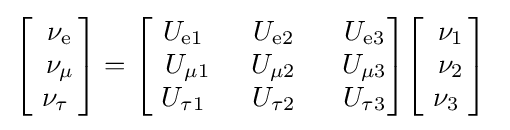
{\begin{bmatrix}~\nu _{\mathrm {e} }\\~\nu _{\mu }\\~\nu _{\tau }~\end{bmatrix}}={\begin{bmatrix}~U_{\mathrm {e} 1}~&~U_{\mathrm {e} 2}~&~U_{\mathrm {e} 3}\\~U_{\mu 1}&~U_{\mu 2}~&~U_{\mu 3}\\~U_{\tau 1}~&~U_{\tau 2}~&~U_{\tau 3}\end{bmatrix}}{\begin{bmatrix}~\nu _{1}\\~\nu _{2}\\~\nu _{3}~\end{bmatrix}}~